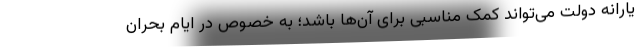
یارانه دولت می‌تواند کمک مناسبی برای آن‌ها باشد؛ به خصوص در ایام بحران